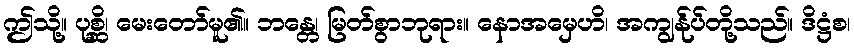
ဤသို့။ ပုစ္ဆိ၊ မေးတော်မူ၏။ ဘန္တေ၊ မြတ်စွာဘုရား။ နောအမှေဟိ၊ အကျွန်ုပ်တို့သည်။ ဒိဋ္ဌံစ၊